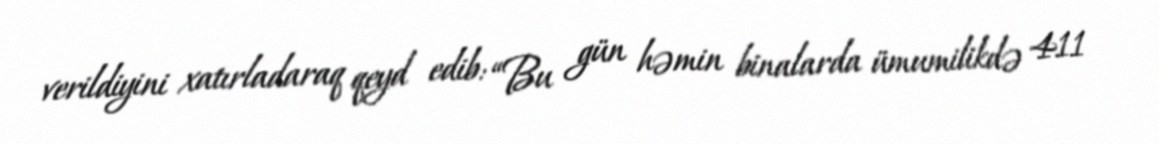
verildiyini xatırladaraq qeyd edib: “Bu gün həmin binalarda ümumilikdə 411